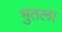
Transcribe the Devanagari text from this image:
भुतला